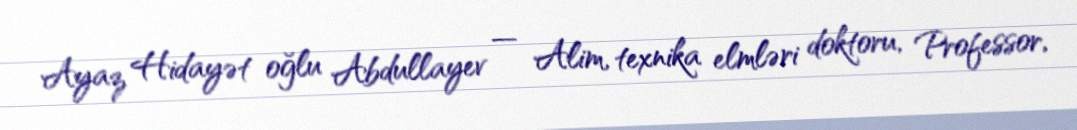
Ayaz Hidayət oğlu Abdullayev — Alim, texnika elmləri doktoru, Professor,